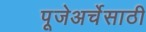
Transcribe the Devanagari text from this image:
पूजेअर्चेसाठी